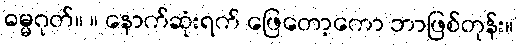
ဓမ္မဂုတ်။ ။ နောက်ဆုံးရက် ဖြေတော့ကော ဘာဖြစ်တုန်း။